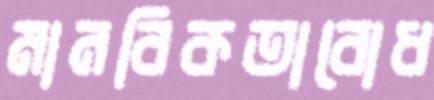
মানবিকতাবোধ